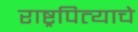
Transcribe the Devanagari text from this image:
राष्ट्रपित्याचे